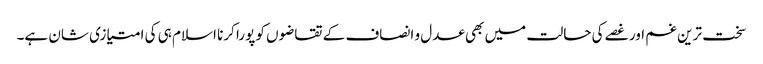
سخت ترین غم اور غصے کی حالت میں بھی عدل و انصاف کے تقاضوں کو پورا کرنا اسلام ہی کی امتیازی شان ہے۔